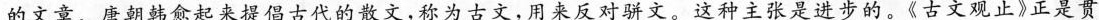
的文章。唐朝韩愈起来提倡古代的散文，称为古文，用来反对骈文。这种主张是进步的。《古文观止》正是贯